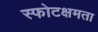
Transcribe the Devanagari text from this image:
स्फोटक्षमता